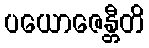
ပယောဇေန္တီတိ